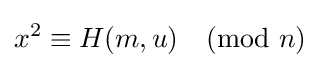
x^{2}\equiv H(m,u){\pmod {n}}